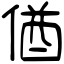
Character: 偤